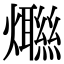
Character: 𤑿